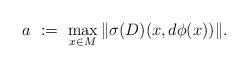
LaTeX: \begin{align*}a\ :=\ \max_{x\in M} \|\sigma(D)(x,d\phi(x))\|.\end{align*}